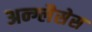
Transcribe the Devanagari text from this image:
अन्ग्लैसेस